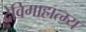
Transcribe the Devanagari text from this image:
देविमाहात्म्य